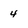
Character: 4